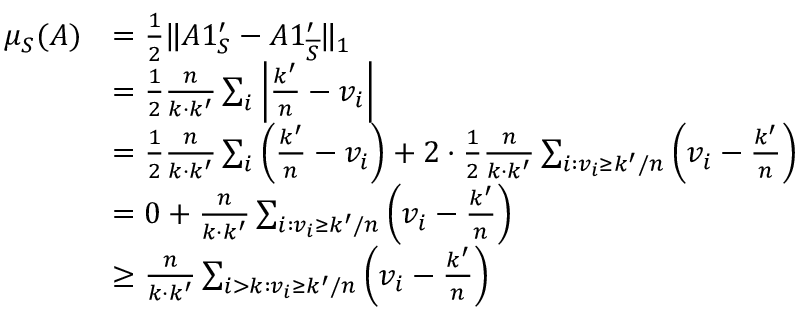
\begin{array} { r l } { \mu _ { S } ( A ) } & { = \frac { 1 } { 2 } \| A 1 _ { S } ^ { \prime } - A 1 _ { \overline { { S } } } ^ { \prime } \| _ { 1 } } \\ & { = \frac { 1 } { 2 } \frac { n } { k \cdot k ^ { \prime } } \sum _ { i } \left| \frac { k ^ { \prime } } { n } - v _ { i } \right| } \\ & { = \frac { 1 } { 2 } \frac { n } { k \cdot k ^ { \prime } } \sum _ { i } \left( \frac { k ^ { \prime } } { n } - v _ { i } \right) + 2 \cdot \frac { 1 } { 2 } \frac { n } { k \cdot k ^ { \prime } } \sum _ { i : v _ { i } \geq k ^ { \prime } / n } \left( v _ { i } - \frac { k ^ { \prime } } { n } \right) } \\ & { = 0 + \frac { n } { k \cdot k ^ { \prime } } \sum _ { i : v _ { i } \geq k ^ { \prime } / n } \left( v _ { i } - \frac { k ^ { \prime } } { n } \right) } \\ & { \geq \frac { n } { k \cdot k ^ { \prime } } \sum _ { i > k : v _ { i } \geq k ^ { \prime } / n } \left( v _ { i } - \frac { k ^ { \prime } } { n } \right) } \end{array}